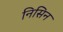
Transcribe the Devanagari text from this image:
निसिन